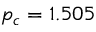
p _ { c } = 1 . 5 0 5